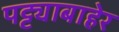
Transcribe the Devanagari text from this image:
पट्ट्याबाहेर